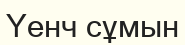
Үенч сұмын